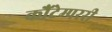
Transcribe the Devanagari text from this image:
कौंटेम्पररी